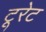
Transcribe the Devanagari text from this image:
टूरेट